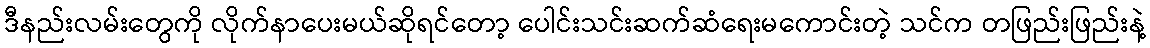
ဒီနည်းလမ်းတွေကို လိုက်နာပေးမယ်ဆိုရင်တော့ ပေါင်းသင်းဆက်ဆံရေးမကောင်းတဲ့ သင်က တဖြည်းဖြည်းနဲ့